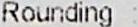
ROUNDING :